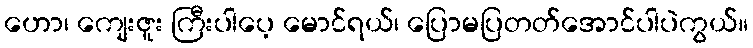
ဟော၊ ကျေးဇူး ကြီးပါပေ့ မောင်ရယ်၊ ပြောမပြတတ်အောင်ပါပဲကွယ်။